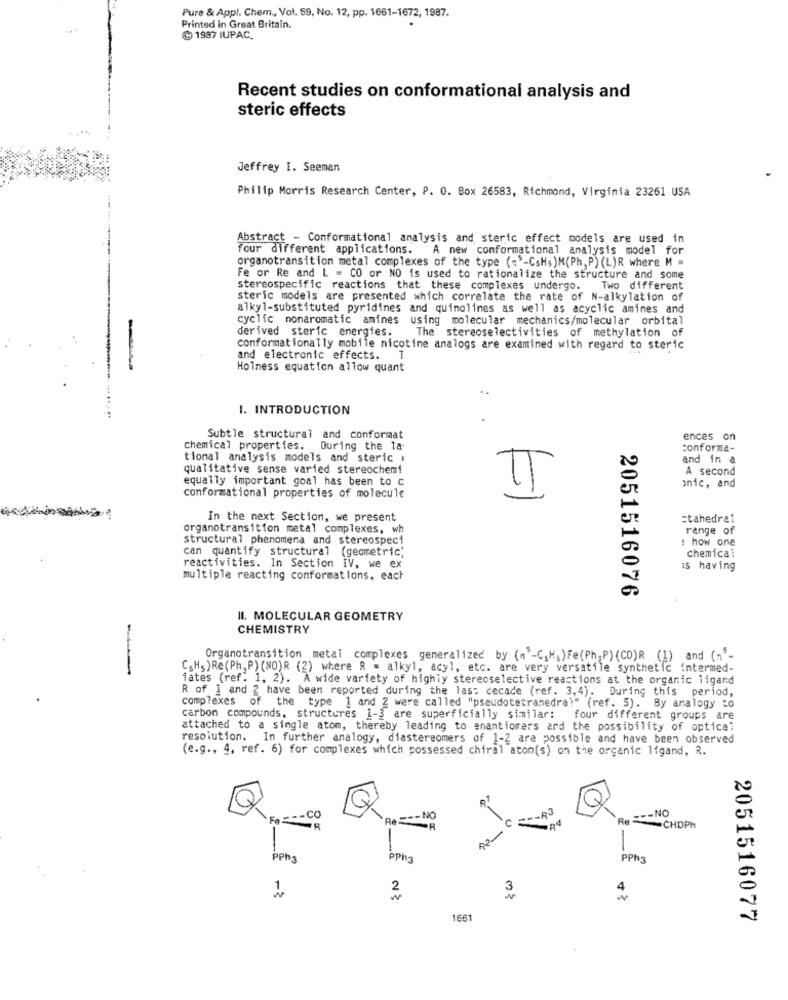
Pure & Appl. Chem ., Vol. 59, No. 12, pp. 1661-1672, 1987.
Printed in Great Britain.
C 1987 IUPAC.
Recent studies on conformational analysis and
steric effects
Jeffrey I. Seeman
Philip Morris Research Center, P. O. Box 26583, Richmond, Virginia 23261 USA
Abstract - Conformational analysis and steric effect models are used in
four different applications. A new conformational analysis model for
organotransition metal complexes of the type (""-CsHs)M(Ph, P) (L)R where M =
Fe or Re and L = CO or NO is used to rationalize the structure and some
stereospecific reactions that these complexes undergo. Two different
steric models are presented which correlate the rate of N-alkylation of
alkyl-substituted pyridines and quinolines as well as acyclic amines and
cyclic nonaromatic amines using molecular mechanics/molecular orbital
derived steric energies.
The stereoselectivities of methylation of
conformationally mobile nicotine analogs are examined with regard to steric
and electronic effects.
Holness equation allow quant
I. INTRODUCTION
Subtle structural and conformat
ences on
chemical properties. During the la
conforma-
tional analysis models and steric i
and in &
qualitative sense varied stereochemi
A second
equally important goal has been to c
II
onic, and
conformational properties of molecule
In the next Section, we present
stahedral
organotransition metal complexes, wh
range of
structural phenomena and stereospeci
: how one
can quantify structural (geometric,
chemical
reactivities. In Section IV, we ex
is having
multiple reacting conformations, each
2051516076
II. MOLECULAR GEOMETRY
CHEMISTRY
-
Organotransition metal complexes generalized by (n -C,H;)Fe(Ph,P) (CO)R (1) and (-'-
C.Hs)Re(Ph, P) (NO)R (2) where R = alkyl, acyl, etc. are very versatile synthetic intermed-
fates (ref. 1, 2). A wide variety of highly sterecselective reactions at the organic ligand
R of 1 and 2 have been reported during the las: decade (ref. 3,4). During this period,
complexes of the type 1 and 2 were called "pseudotetrahedral" (ref. 5). By analogy to
Carbon compounds, structures 1-3 are superficially similar: four different groups are
attached to a single atom, thereby leading to enantiomers ard the possibility of optical
resolution. In further analogy, diastereomers of 1-2 are possible and have been observed
(e.g ., 4, ref. 6) for complexes which possessed chiral aton(s) on the organic ligand, R.
-- RJ
.CO
Re -- NO
104
Re === NO
-CHOPh
-
-
PPha
PPh3
PPha
2
3
4.
1661
2051516077